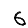
Digit: 6